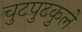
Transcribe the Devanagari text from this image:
चुटपुटकुले